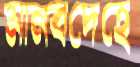
মানবদেহে